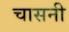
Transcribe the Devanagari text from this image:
चासनी